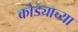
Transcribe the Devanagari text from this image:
कोड्याच्या